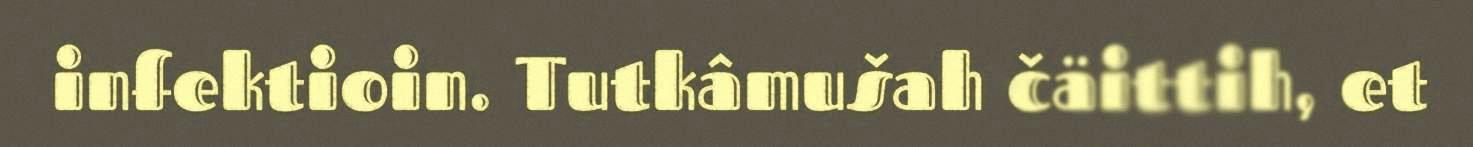
infektioin. Tutkâmušah čäittih, et